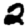
Digit: 2